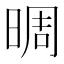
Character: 晭